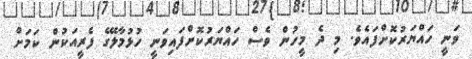
ވަނީ ހައްޔަރުކޮށްފައެވެ. މި ދެ މީހުން ވެސް ހައްޔަރުކޮށްފައިވަނީ ހުޅުމާލޭގެ ފެރީއަކުން ކަމަށް